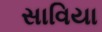
સાવિયા